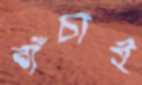
বাঁচাই